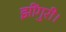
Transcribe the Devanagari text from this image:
झींगुरी।